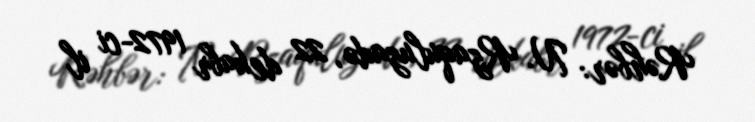
Rəhbər: N. Rzaquluzadə, 22 dekabr 1972-ci il